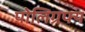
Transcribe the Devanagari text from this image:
पोलिग्रफ्य